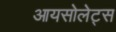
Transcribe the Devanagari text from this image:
आयसोलेट्स